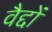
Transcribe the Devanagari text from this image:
वैद्दों